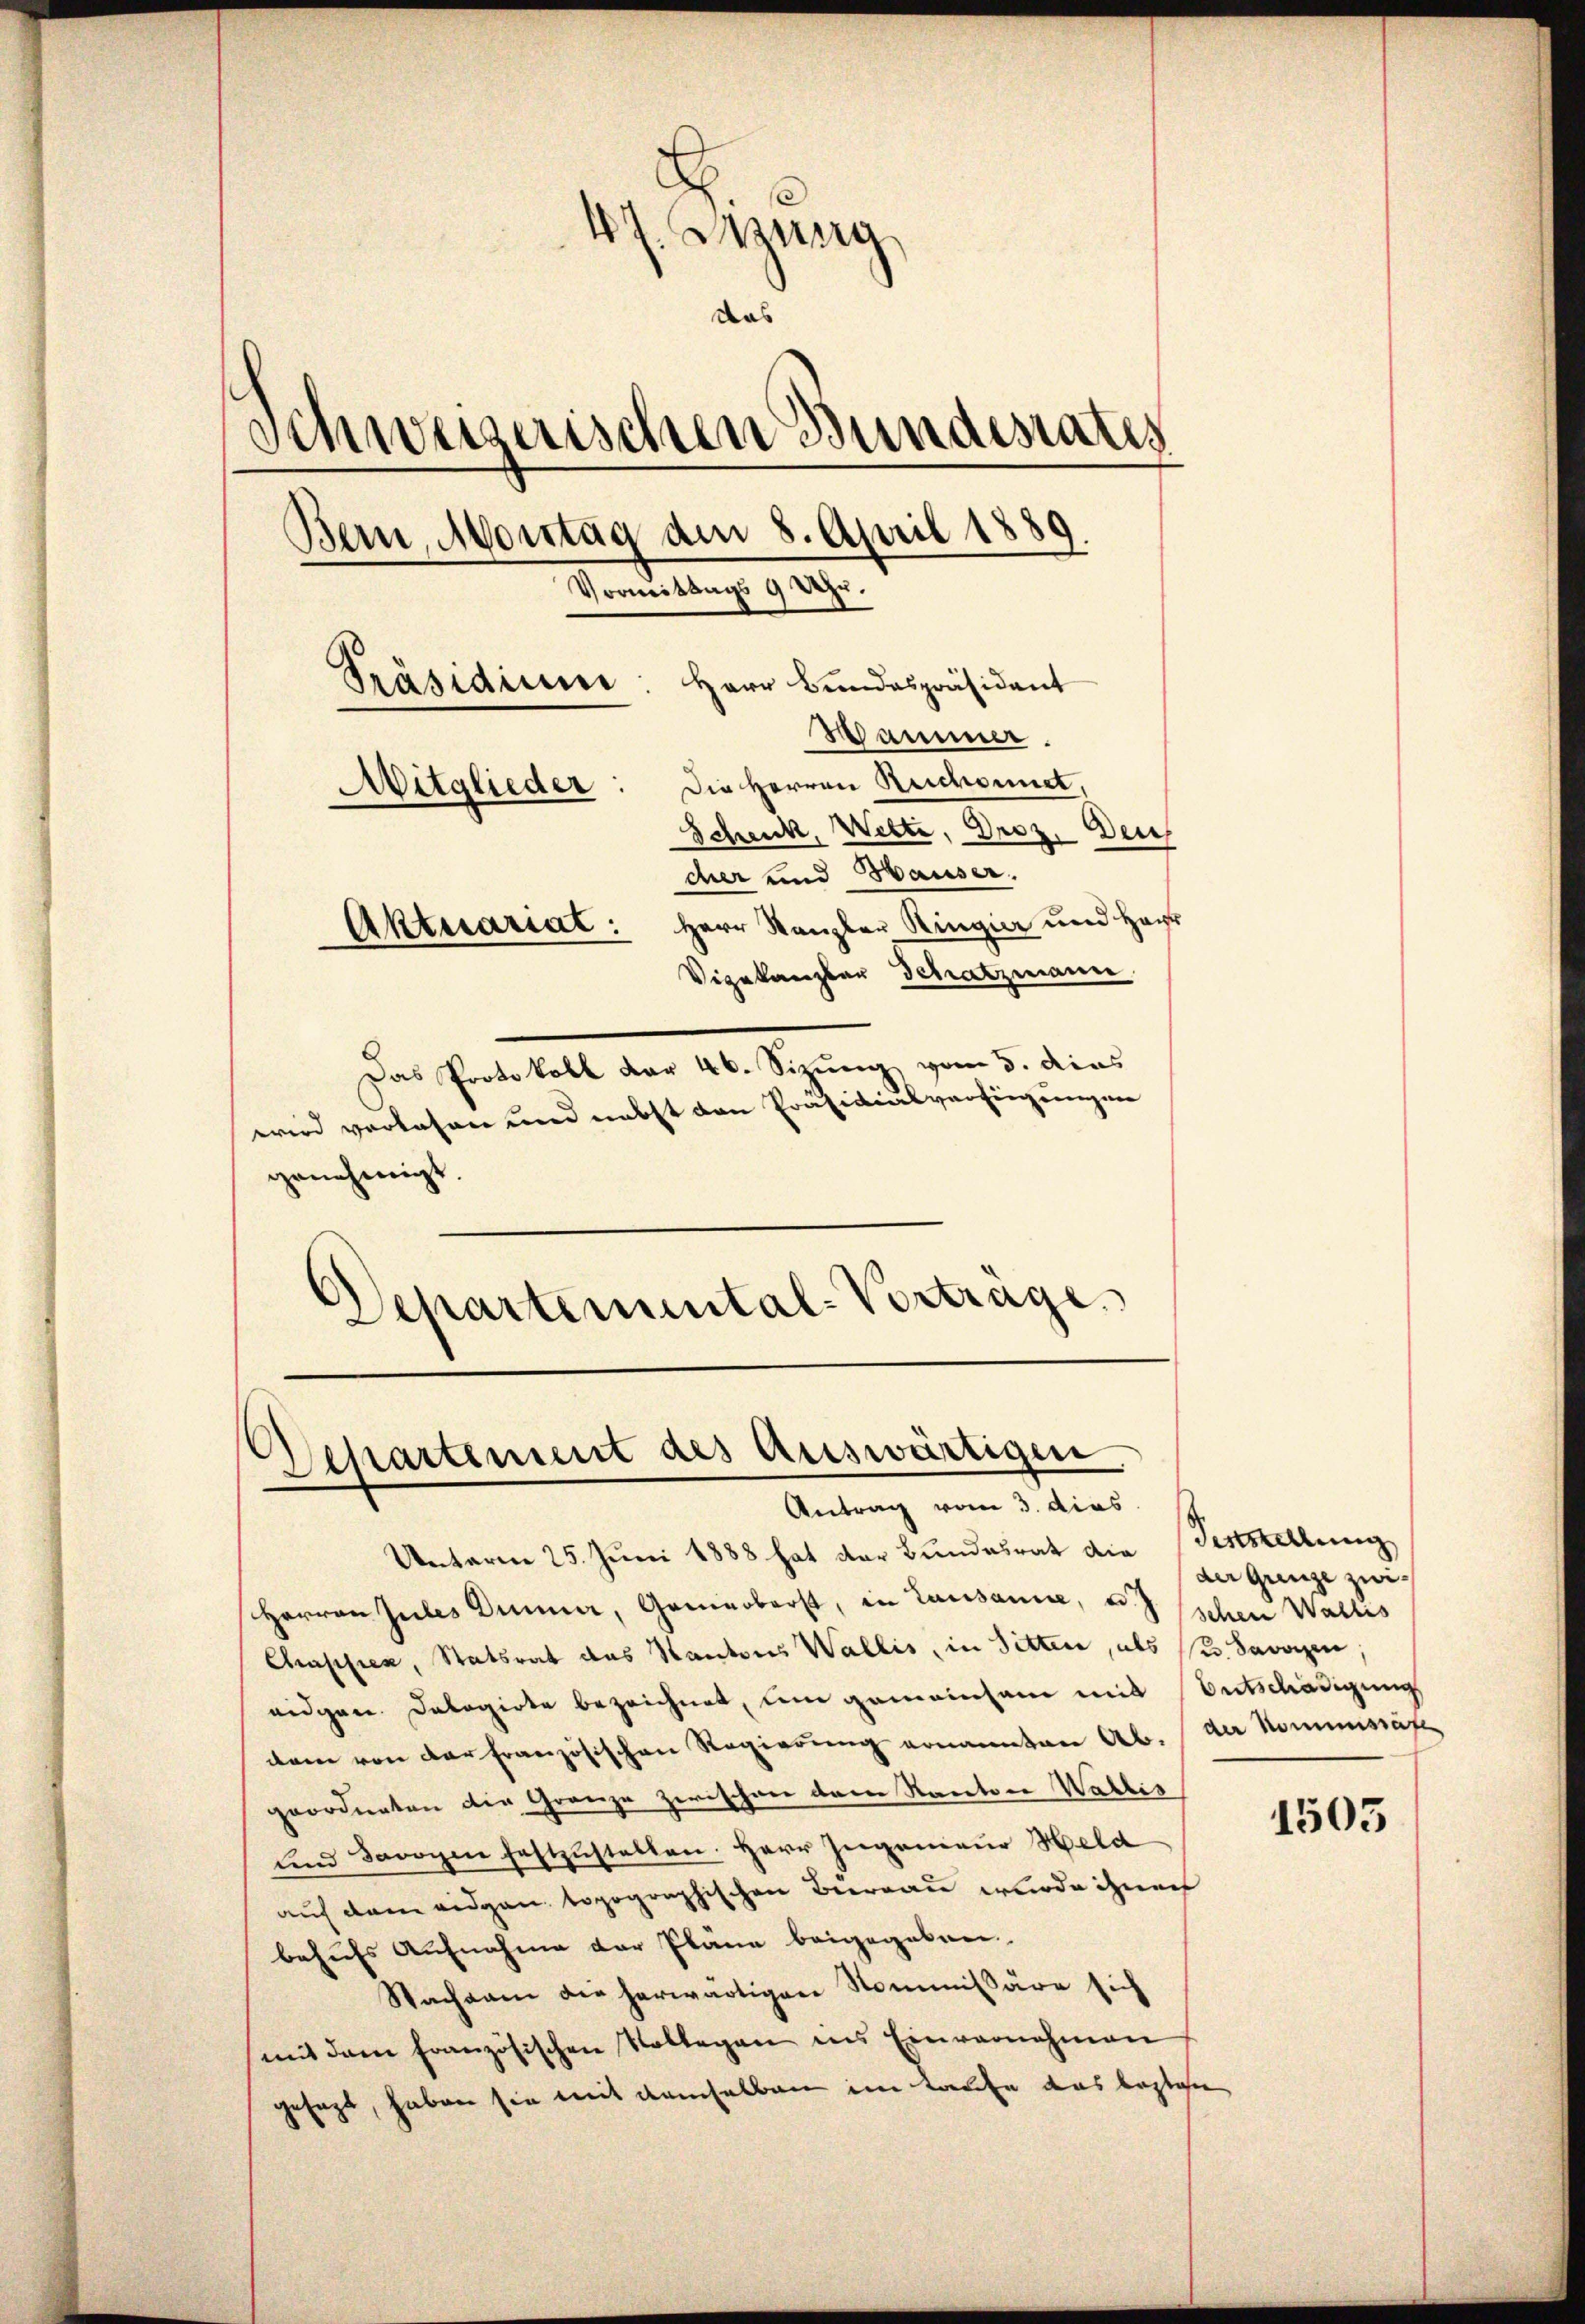
47. Jung
das
Schweizerischen Bundesrates
Bern, Montag den 8. April 1889.
Vormittags 9 Uhr
Herr Bundespräsident
Präsidium
Hammer.
Mitglieder: Die Herren Reichnet,
Schenk, Wette, Droz. Den
der und Hauser.
Aktuariat: Herr Kanzler Ringier und Herr
Vigekanzler Schatzmanne
Das Protokoll dar 46. Sizung vom 5. dies
wird verlesen und nebst den Präsidiusverfügungen

genehmigt.
Departemental-Vorträge.

Departement des Auswärtigen
Antrag vom 3. dies

Unterm 25. Juni 1888 hat der Bundesrat die Feststellung
Herren Jules Dünner, Generberst, in Lausanne, d. J. schen Wallis
Chassier, Statsrat das Kantons Wallis, in Sitten, als u. Savoyen
eidgen. Dabogirte bezeichnet, um gemeinsam mit Entschädigung
dem von der französischen Regierung ernannten Ab. der Kommissät
geordneten der Granze zwischen dem Kanton Wallis
und Savoyen festzustellen. Herr Zugenieur Held
auf dem eidgan topographischen Beereau wurde ihnen
behufs Aufnahme der Pläne beigegeben.
Nachsam die herwärtigen Nommissäre sich
mit dem französischen Kollegen in Einvernahmen
gesagt, haben sie mit demselben im Laufe das beglohn

der Grenze zwi¬

1505